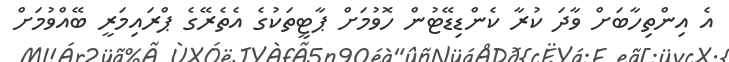
އެ އިންތިހާބަށް ވާދަ ކުރާ ކެންޑިޑޭޓުން ހޮވުމަށް ޕާޓީތަކުގެ އެތެރޭގެ ޕްރައިމަރީ ބޭއްވުމަށް